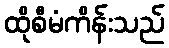
ထိုစီမံကိန်းသည်